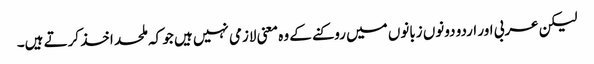
لیکن عربی اور اردو دونوں زبانوں میں روکنے کے وہ معنی لازمی نہیں ہیں جو کہ ملحد اخذ کرتے ہیں۔